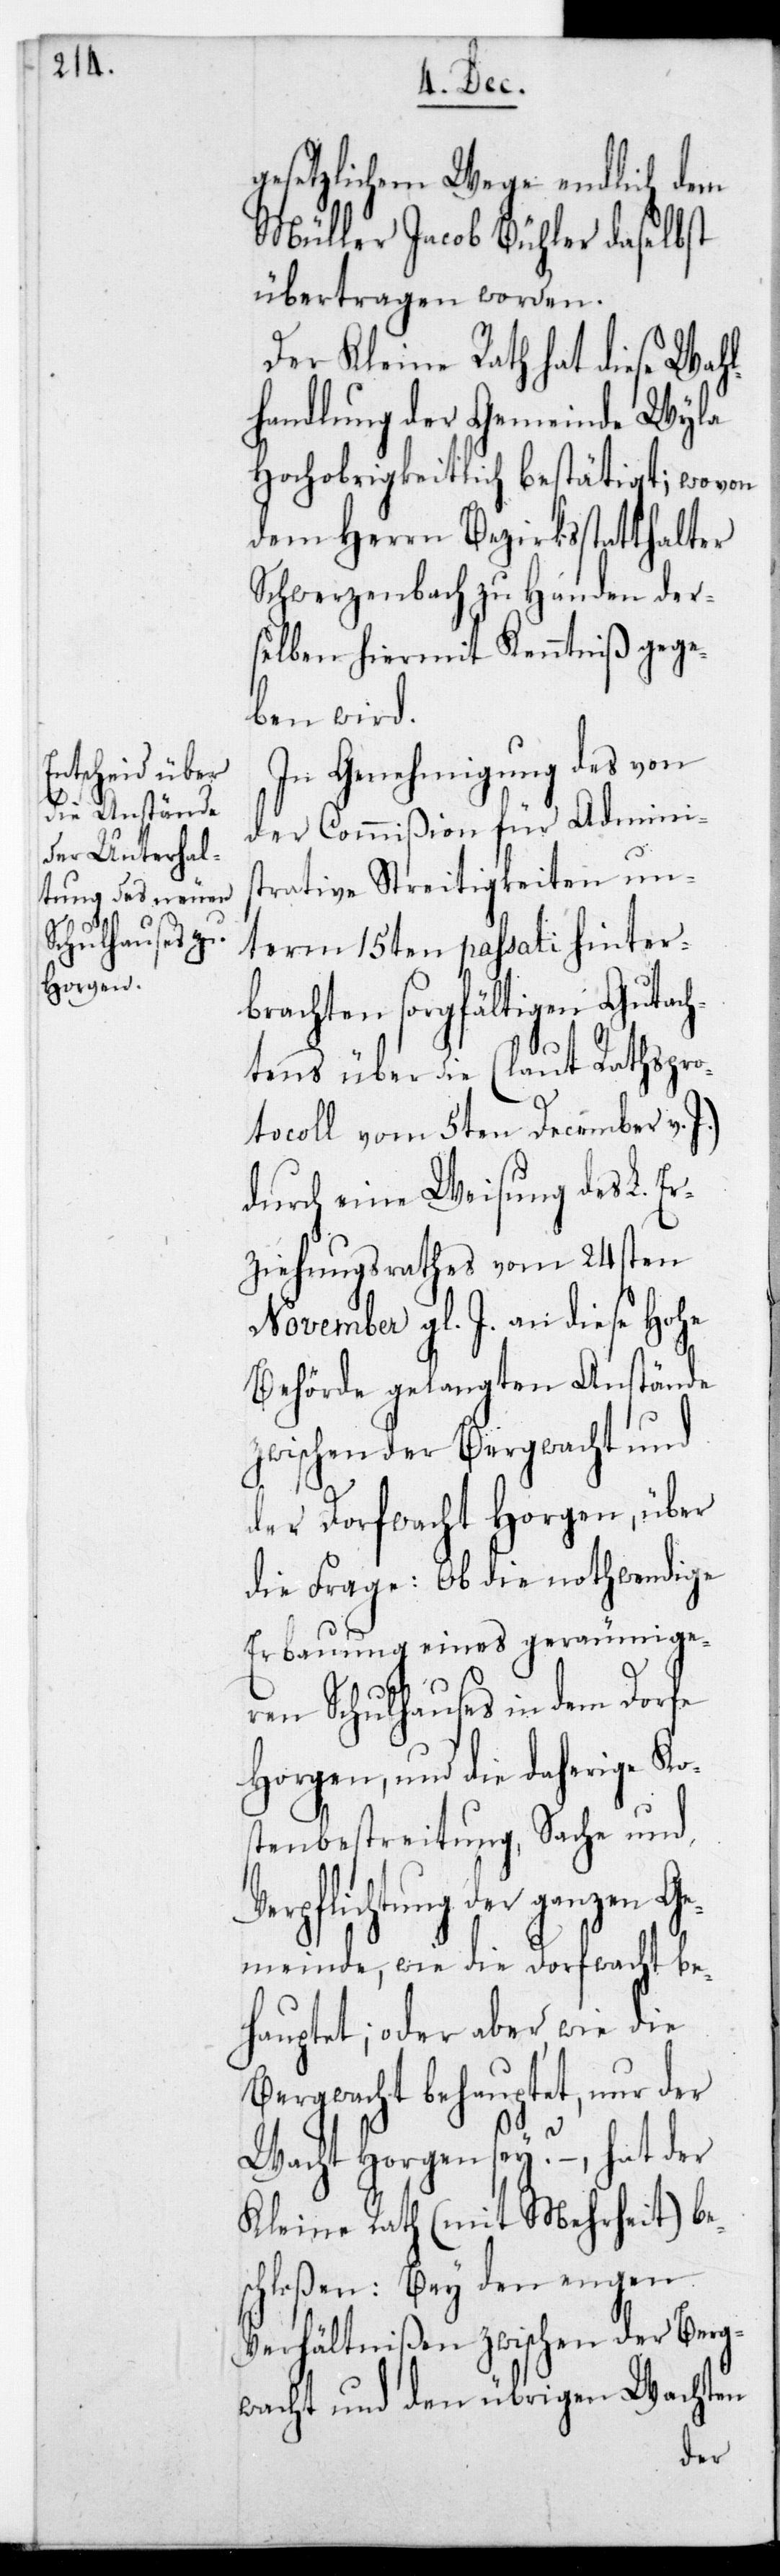
gesetzlichem Wege endlich dem
Müller Jacob Bühler daselbst
übertragen worden.
Der Kleine Rath hat diese Wahl¬
handlung der Gemeinde Wila
Hochobrigkeitlich bestätiget; wovon
dem Herrn Bezirksstatthalter
Schwerzenbach zu Handen der¬
selben hiermit Kenntniß gege¬
ben wird.
In Genehmigung des von
der Commißion für Adminis¬
trative Streitigkeiten un¬
term 15ten passati hinter¬
brachten sorgfältigen Gutach¬
tens über die (laut Rathspr¬
otocoll vom 5ten December v.
durch eine Weisung des L. Er¬
ziehungsrathes vom 24sten
November gl. J. an diese Hohe
Behörde gelangten Anstände
zwischen der Bergwacht und
der Dorfwacht Horgen, über
die Frage: Ob die nothwendige
Erbauung eines geräumige¬
ren Schulhauses in dem Dorfe
Horgen und die daherige Ko¬
stenbestreitung, Sache und
pflichtung der ganzen G¬
emeinde, wie die Dorfwacht be¬
hauptet; oder aber, wie die
Bergwacht behauptet, nur der
Wacht Horgen sey? – hat der
Kleine Rath (mit Mehrheit) be¬
schloßen: Bey den engen
Verhältnißen zwischen der Berg¬
wacht und den übrigen Wachten
Ver¬